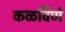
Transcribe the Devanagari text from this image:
कळविणे